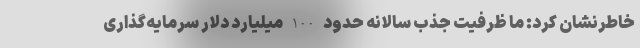
خاطرنشان کرد: ما ظرفیت جذب سالانه حدود 100 میلیارد دلار سرمایه‌گذاری